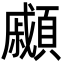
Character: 顣